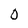
Character: 0